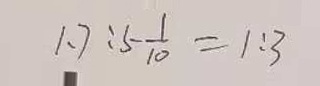
1 . 7 : 5 \frac { 1 } { 1 0 } = 1 : 3